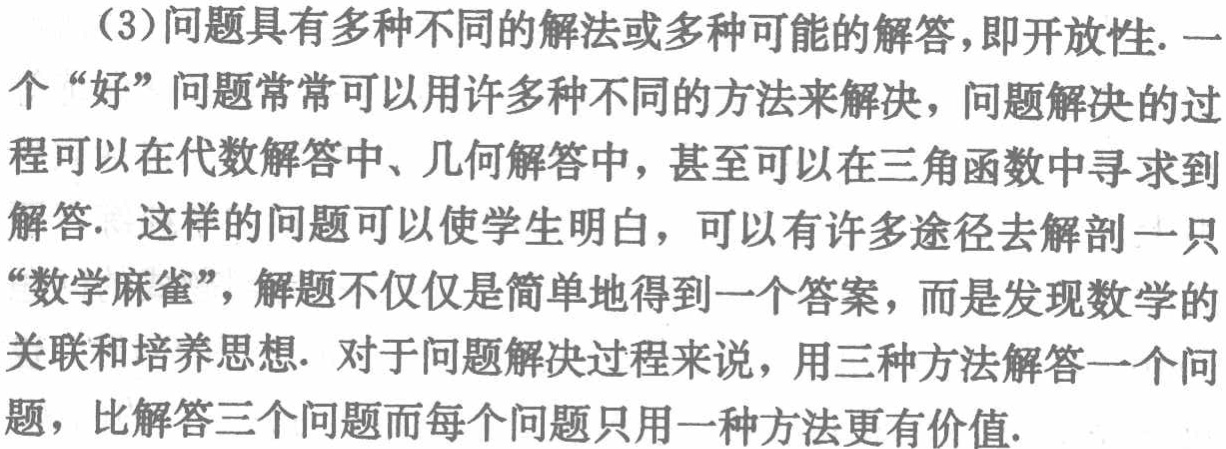
（3）问题具有多种不同的解法或多种可能的解答，即开放性. 一个“好”问题常常可以用许多种不同的方法来解决，问题解决的过程可以在代数解答中、几何解答中，甚至可以在三角函数中寻求到解答. 这样的问题可以使学生明白，可以有许多途径去解剖一只“数学麻雀”，解题不仅仅是简单地得到一个答案，而是发现数学的关联和培养思想. 对于问题解决过程来说，用三种方法解答一个问题，比解答三个问题而每个问题只用一种方法更有价值.